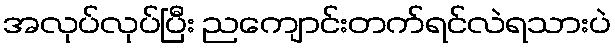
အလုပ်လုပ်ပြီး ညကျောင်းတက်ရင်လဲရသားပဲ